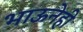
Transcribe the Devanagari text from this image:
भाऊनेही